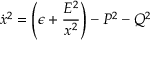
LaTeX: { \dot { x } } ^ { 2 } = \left( \epsilon + { \frac { E ^ { 2 } } { x ^ { 2 } } } \right) - P ^ { 2 } - Q ^ { 2 }